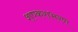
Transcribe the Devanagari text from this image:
शण्कराभरण